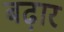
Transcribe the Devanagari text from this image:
बढ़ार